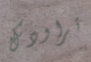
تراودك